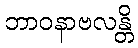
ဘာဝနာဗလန္တိ